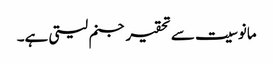
مانوسیت سے تحقیر جنم لیتی ہے۔